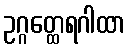
ဥဂ္ဂတ္ထေရဂါထာ